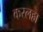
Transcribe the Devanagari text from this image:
करलहा